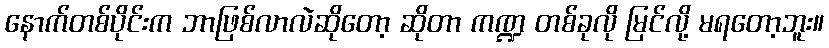
နောက်တစ်ပိုင်းက ဘာဖြစ်လာလဲဆိုတော့ ဆိုတာ ကဏ္ဍ တစ်ခုလို မြင်လို့ မရတော့ဘူး။